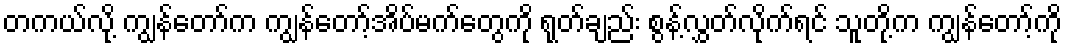
တကယ်လို့ ကျွန်တော်က ကျွန်တော့်အိပ်မက်တွေကို ရုတ်ချည်း စွန့်လွှတ်လိုက်ရင် သူတို့က ကျွန်တော့်ကို